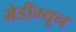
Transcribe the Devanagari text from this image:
मेडीम्यून